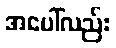
အပေါ်လည်း